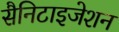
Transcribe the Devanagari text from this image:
सैनिटाइजेशन